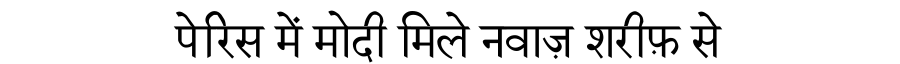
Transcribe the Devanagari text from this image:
पेरिस में मोदी मिले नवाज़ शरीफ़ से